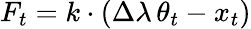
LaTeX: F_{t}=k\cdot(\Delta\lambda\, \theta_{t}-x_{t})